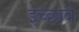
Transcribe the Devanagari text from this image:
इच्छावे